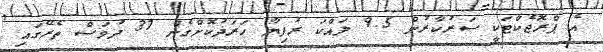
އެ ޕްރޮޖެކްޓަކީ ސަރުކާރުން 9.5 ލައްކަ ރުފިޔާ ހަރަދުކޮށްގެން 37 ދުވަސް ތެރޭގައި